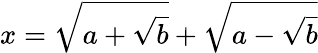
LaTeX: x={\sqrt{a+{\sqrt{b}}}}+{\sqrt{a-{\sqrt{b}}}}